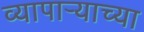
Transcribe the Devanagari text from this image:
व्यापार्‍याच्या